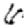
Digit: 6